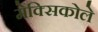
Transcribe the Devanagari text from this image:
मेक्सिकोले